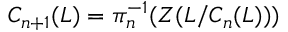
C _ { n + 1 } ( L ) = \pi _ { n } ^ { - 1 } ( Z ( L / C _ { n } ( L ) ) )